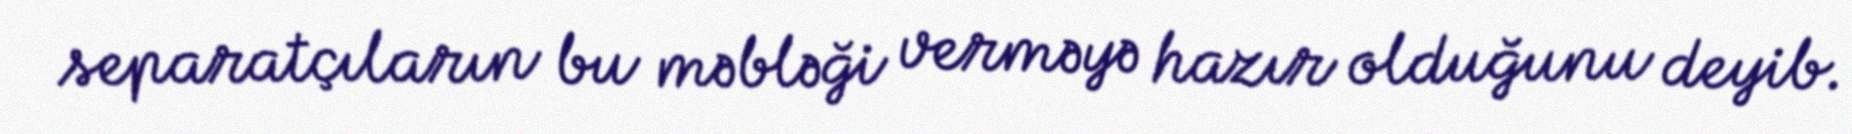
separatçıların bu məbləği verməyə hazır olduğunu deyib.